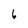
Character: 6